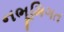
નભૂમિગત